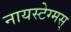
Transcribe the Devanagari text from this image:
नायस्‍टेग्‍मस्